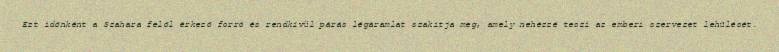
Ezt időnként a Szahara felől érkező forró és rendkívül párás légáramlat szakítja meg, amely nehézzé teszi az emberi szervezet lehűlését.